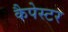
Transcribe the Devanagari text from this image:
कैपेस्टर